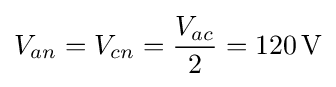
V_{an}=V_{cn}={\frac {V_{ac}}{2}}=120\,{\text{V}}